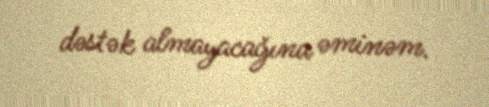
dəstək almayacağına əminəm.